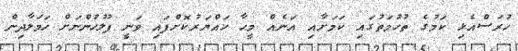
ހުރަސްއެޅި ކަމުގެ ތުހުމަތުގައި ކަމަށާއި އަނެއް މީހާ ހައްޔަރުކޮށްފައި ވަނީ ފުލުހުންނަށް ހަމަލާދިން